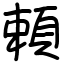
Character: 頼